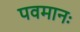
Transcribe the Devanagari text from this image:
पवमानः